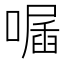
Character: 𠽣